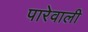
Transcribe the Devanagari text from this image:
पारेवाली